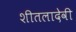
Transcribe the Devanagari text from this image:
शीतलादेवी